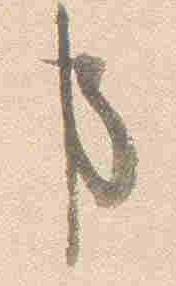
事